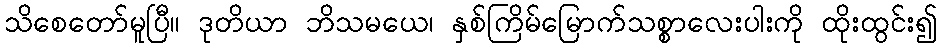
သိစေတော်မူပြီ။ ဒုတိယာ ဘိသမယေ၊ နှစ်ကြိမ်မြောက်သစ္စာလေးပါးကို ထိုးထွင်း၍